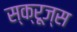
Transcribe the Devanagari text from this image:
स्क्रूज्स